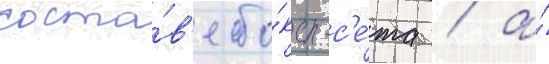
соста́в'е бо́кс-с'е́та / а́